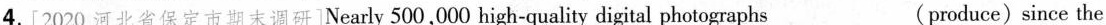
4.[2020 河北省保定市期末调研]Nearly 500,000 high-quality digital photographs___(produce)since the